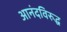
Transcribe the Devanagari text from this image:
आनंदविरुद्ध